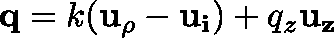
\mathbf { q } = k ( \mathbf { u _ { \rho } } - \mathbf { u _ { i } } ) + q _ { z } \mathbf { u _ { z } }